Enquiry on enteric fever in India - Number 32
Disease focus: Fever
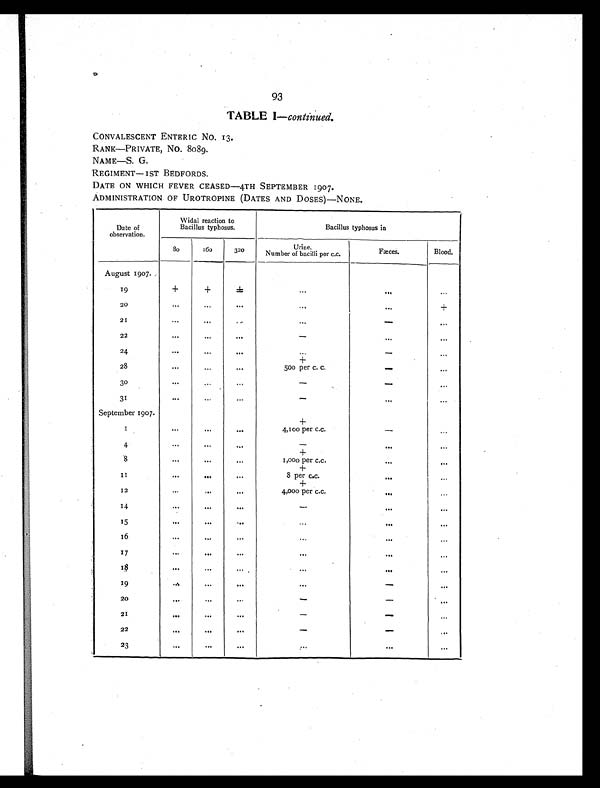
93
TABLE I—continued.
CONVALESCENT ENTERIC NO. 13,
RANK—PRIVATE, No. 8089.
NAME—S. G.
REGIMENT—1ST BEDFORDS.
DATE ON WHICH FEVER CEASED-4TH SEPTEMBER 1907.
ADMINISTRATION OF UROTROPINE (DATES AND DOSES)—NONE.
Date of
observation.
Widal reaction to
Bacillus typhosus.
Bacillus typhosus in
80
160
320
Urine.
Number of bacilli per c.c.
Fæces.
Blood.
August 1907.
19
+
+
±
...
...
. . .
20
. . .
. . .
...
...
...
+
21
...
...
...
...
-
...
22
. . .
. . .
. . .
- . . .
...
24
. . .
. . .
. . .
...
-
. . .
28
... ...
. . .
+
500 per c. c.
-
. . .
30
. . .
...
. . .
- -
. . .
31
...
...
...
- . . .
. . .
September 1907.
1
. . .
. . .
. . .
+
4,100 per c.c.
-
. . .
4
. . .
...
...
- . . .
. . .
8
...
...
...
+ 1,000 per c.c.
...
. . .
11
...
...
. . .
+ 8 per c.c.
. . .
. . .
12
. . .
. . .
. . .
+ 4,000 per c.c.
...
. . .
14
. . .
. . .
...
- ...
. . .
15
. . .
...
. . .
. . . . . .
. . .
16
. . .
. . .
...
...
. . .
. . .
17
...
... ...
...
. . .
. . .
1 8
. . . .
. . .
. . .
. . . . . .
. . .
19
. . .
...
. . .
...
-
. . .
20
. . .
...
...
- -
...
21
. . .
. . .
. . .
-
-
. . .
22
. . .
. . .
...
-
-
-
23
...
. . .
. . .
. . .
. . .
...